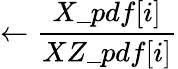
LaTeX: \leftarrow\frac{X\_ pdf[i]}{XZ\_ pdf[i]}